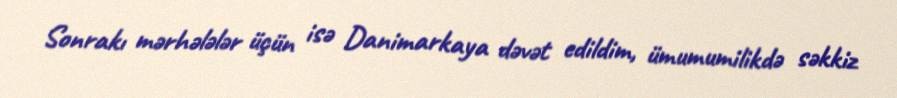
Sonrakı mərhələlər üçün isə Danimarkaya dəvət edildim, ümumumilikdə səkkiz